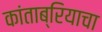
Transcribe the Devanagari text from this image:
कांताब्रियाचा